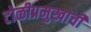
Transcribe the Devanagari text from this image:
टोळीप्रमुखाची